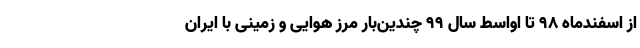
از اسفندماه ۹۸ تا اواسط سال ۹۹ چندین‌بار مرز هوایی و زمینی با ایران